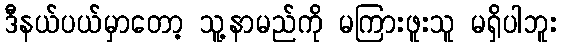
ဒီနယ်ပယ်မှာတော့ သူ့နာမည်ကို မကြားဖူးသူ မရှိပါဘူး